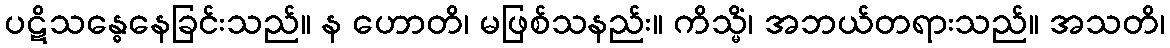
ပဋိသန္ဓေနေခြင်းသည်။ န ဟောတိ၊ မဖြစ်သနည်း။ ကိသ္မိံ၊ အဘယ်တရားသည်။ အသတိ၊